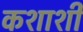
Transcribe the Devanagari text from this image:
कशाशी